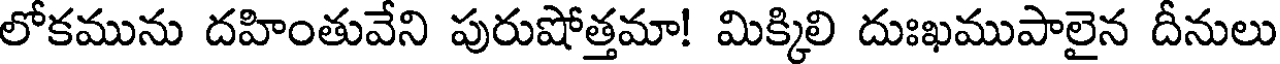
లోకమును దహింతువేని పురుషోత్తమా! మిక్కిలి దుఃఖముపాలైన దీనులు